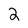
Character: 2